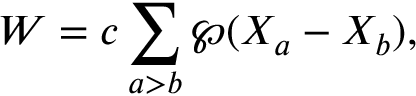
W = c \sum _ { a > b } \wp ( X _ { a } - X _ { b } ) ,